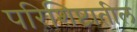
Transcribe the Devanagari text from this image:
परिशिष्टातील